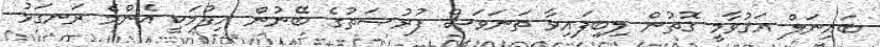
ބައިނަލް އަޤުވާމީ ގޮތުން ލިބިފައިވާ ތަނަވަސް ފުރުޞަތުގެ ބޭނުން ހިފުމަކީ އެންމެ ރަނގަޅު